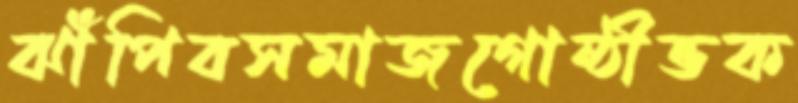
ঝাঁপিবসমাজগোষ্ঠীভক